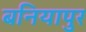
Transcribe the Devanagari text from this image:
बनियापुर